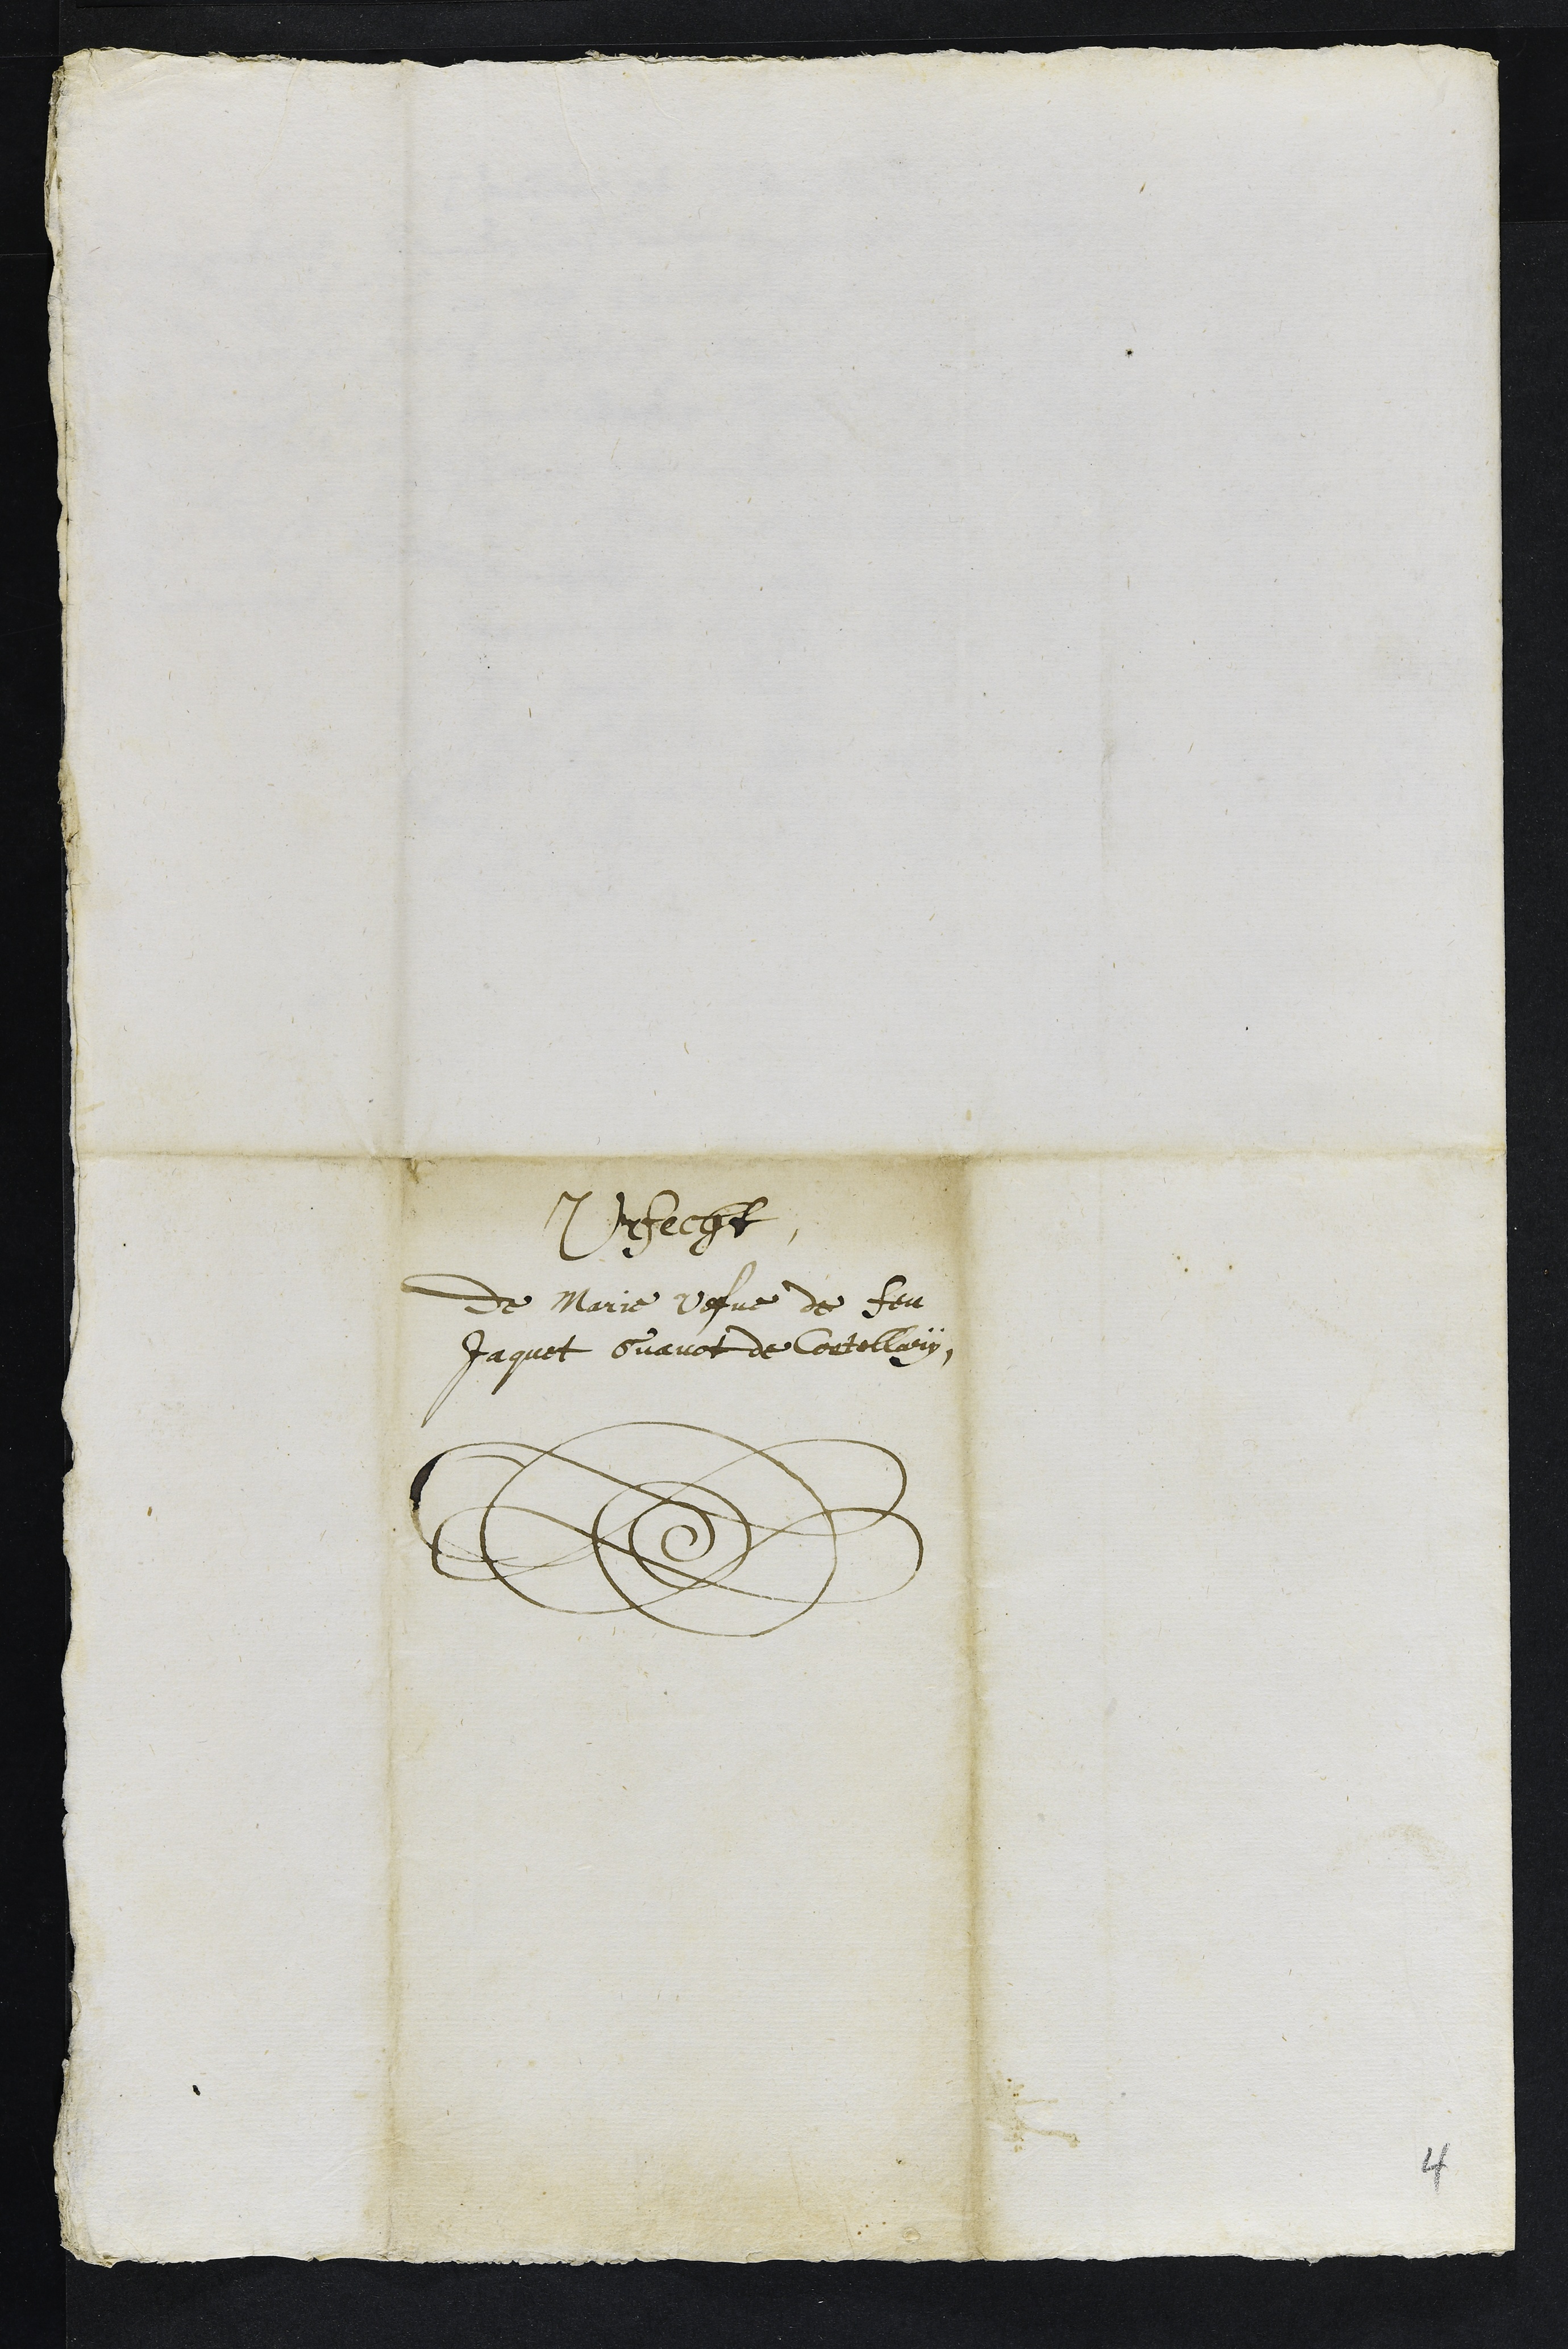
Urfecht
de Marie vefve de feu
Jaquet Guavot de Cortellary
4